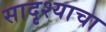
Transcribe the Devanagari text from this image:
सादृश्याचा